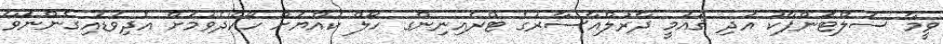
ވީމާ ސަލްޓަންޕާކު އަދި ޤައުމީ ދާރުލްއާސާރުގެ ޓްރެއިނިންގ ހޯލް ކުއްޔަށް ހޯއްދެވުމަށް އެދިވަޑައިގެންނަވާ